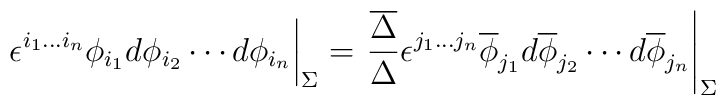
\left. \phantom{{A\over B}}{\epsilon^{i_1\ldots i_n} \phi_{i_1}     d\phi_{i_2}\cdots d\phi_{i_n}}\right|_\Sigma  =\left. {{\overline{\Delta}}\over \Delta}{\epsilon^{j_1\ldots j_n} \overline{\phi}_{j_1}                      d\overline{\phi}_{j_2}\cdots d\overline{\phi}_{j_n}}\right|_\Sigma